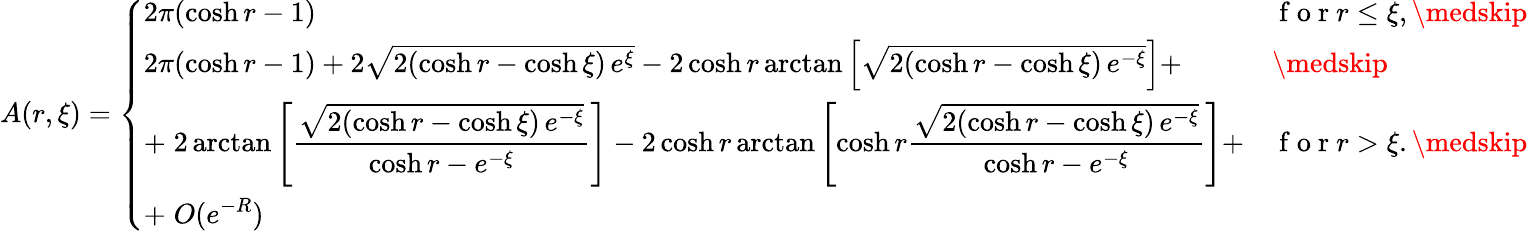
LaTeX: A(r,\xi)=\left\{ \begin{array}{ll}{2\pi(\cosh r-1)}&{\mathrm{~f~o~r~}r\leq\xi,\medskip}\\ {2\pi(\cosh r-1)+2\sqrt{2(\cosh r-\cosh\xi)\, e^{\xi}}-2\cosh r\arctan\left[\sqrt{2(\cosh r-\cosh\xi)\, e^{-\xi}}\right]+}&{\medskip}\\ {\displaystyle+\; 2\arctan\left[\frac{\sqrt{2(\cosh r-\cosh\xi)\, e^{-\xi}}}{\cosh r-e^{-\xi}}\right]-2\cosh r\arctan\left[\cosh r\frac{\sqrt{2(\cosh r-\cosh\xi)\, e^{-\xi}}}{\cosh r-e^{-\xi}}\right]+}&{\mathrm{~f~o~r~}r>\xi.\medskip}\\ {\displaystyle+\; O(e^{-R})}&{}\end{array}\right.